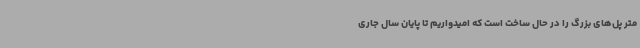
متر پل‌های بزرگ را در حال ساخت است که امیدواریم تا پایان سال جاری